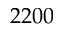
2 2 0 0